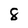
Character: 8